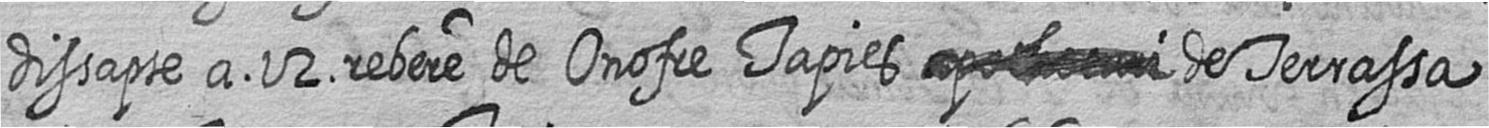
dissapte a 12 rebere de Onofre Tapies # de Terrassa